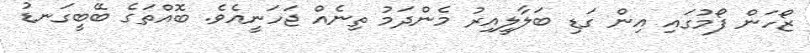
ޒޯހަން ފޯމުގައި އިން ގަޑި ބަލާލީއިރު މެންދަމު ތިނެއް ޖަހަނީއެވެ. ބޮއްތަގެ ބޭބީގަނޑު